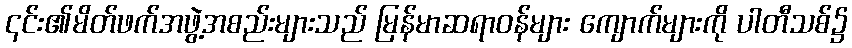
၎င်း၏မိတ်ဖက်အဖွဲ့အစည်းများသည် မြန်မာဆရာဝန်များ ကျောက်များကို ပါတီသစ်၌